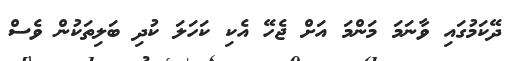
ދޭކަމުގައި ވާނަމަ މަންމަ އަށް ޖެހޭ އެކި ކަހަލަ ކުދި ބަލިތަކުން ވެސް